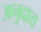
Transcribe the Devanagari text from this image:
अनुदाय